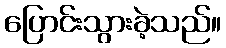
ပြောင်းသွားခဲ့သည်။